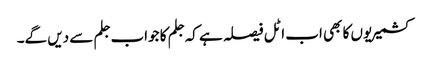
کشمیریوں کا بھی اب اٹل فیصلہ ہے کہ جلم کا جواب جلم سے دیں گے۔